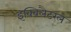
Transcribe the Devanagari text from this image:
इक्विलैटरल